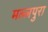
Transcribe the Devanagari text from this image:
मल्लपुरा